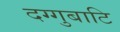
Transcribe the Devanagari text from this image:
दग्गुबाटि